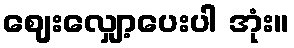
ဈေးလျှော့ပေးပါ အုံး။